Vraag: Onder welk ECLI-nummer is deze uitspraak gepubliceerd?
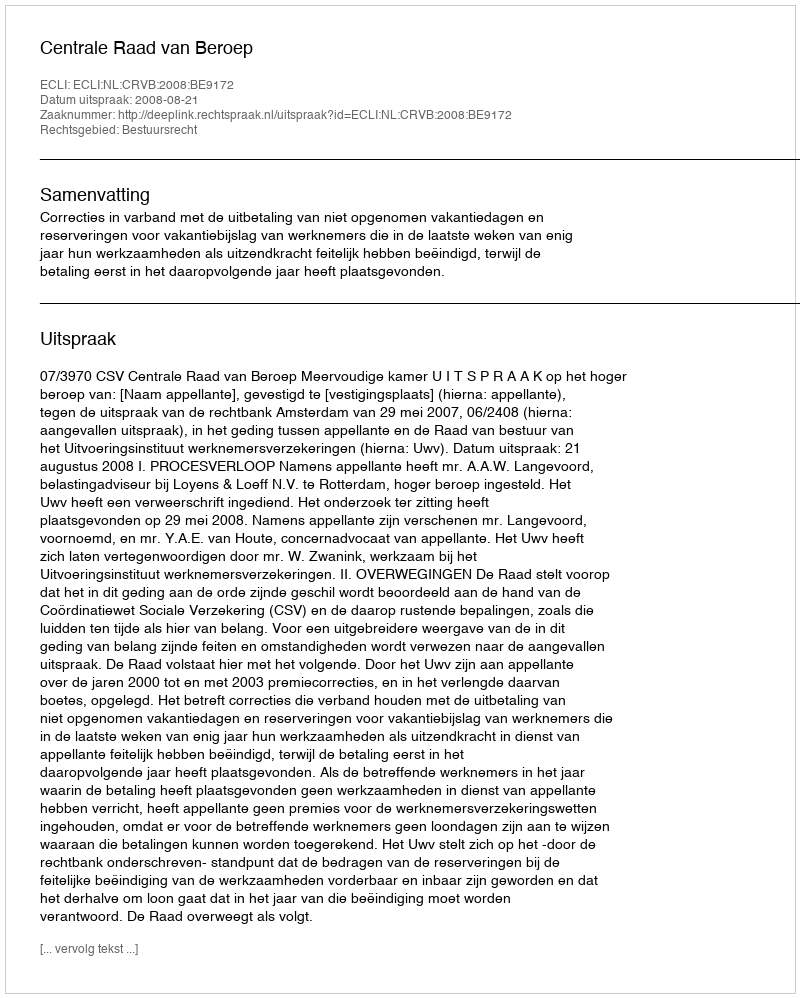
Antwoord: ECLI:NL:CRVB:2008:BE9172